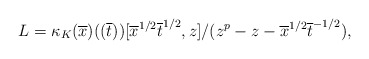
\begin{align*}L = \kappa_K(\overline{x})((\overline{t}))[\overline{x}^{1/2} \overline{t}^{1/2}, z]/(z^p - z - \overline{x}^{1/2} \overline{t}^{-1/2}),\end{align*}